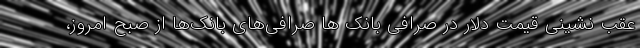
عقب نشینی قیمت دلار در صرافی بانک ها صرافی‌های بانک‌ها از صبح امروز،